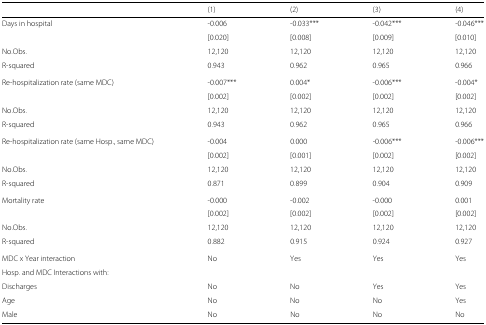
<table><thead><tr><td></td><td><b>(1)</b></td><td><b>(2)</b></td><td><b>(3)</b></td><td><b>(4)</b></td></tr></thead><tbody><tr><td>Days in hospital</td><td>-0.006</td><td>-0.033***</td><td>-0.042***</td><td>-0.046***</td></tr><tr><td></td><td>[0.020]</td><td>[0.008]</td><td>[0.009]</td><td>[0.010]</td></tr><tr><td>No.Obs.</td><td>12,120</td><td>12,120</td><td>12,120</td><td>12,120</td></tr><tr><td>R-squared</td><td>0.943</td><td>0.962</td><td>0.965</td><td>0.966</td></tr><tr><td>Re-hospitalization rate (same MDC)</td><td>-0.007***</td><td>0.004*</td><td>-0.006***</td><td>-0.004*</td></tr><tr><td></td><td>[0.002]</td><td>[0.002]</td><td>[0.002]</td><td>[0.002]</td></tr><tr><td>No.Obs.</td><td>12,120</td><td>12,120</td><td>12,120</td><td>12,120</td></tr><tr><td>R-squared</td><td>0.943</td><td>0.962</td><td>0.965</td><td>0.966</td></tr><tr><td>Re-hospitalization rate (same Hosp., same MDC)</td><td>-0.004</td><td>0.000</td><td>-0.006***</td><td>-0.006***</td></tr><tr><td></td><td>[0.002]</td><td>[0.001]</td><td>[0.002]</td><td>[0.002]</td></tr><tr><td>No.Obs.</td><td>12,120</td><td>12,120</td><td>12,120</td><td>12,120</td></tr><tr><td>R-squared</td><td>0.871</td><td>0.899</td><td>0.904</td><td>0.909</td></tr><tr><td>Mortality rate</td><td>-0.000</td><td>-0.002</td><td>-0.000</td><td>0.001</td></tr><tr><td></td><td>[0.002]</td><td>[0.002]</td><td>[0.002]</td><td>[0.002]</td></tr><tr><td>No.Obs.</td><td>12,120</td><td>12,120</td><td>12,120</td><td>12,120</td></tr><tr><td>R-squared</td><td>0.882</td><td>0.915</td><td>0.924</td><td>0.927</td></tr><tr><td>MDC x Year interaction</td><td>No</td><td>Yes</td><td>Yes</td><td>Yes</td></tr><tr><td>Hosp. and MDC Interactions with:</td><td></td><td></td><td></td><td></td></tr><tr><td>Discharges</td><td>No</td><td>No</td><td>Yes</td><td>Yes</td></tr><tr><td>Age</td><td>No</td><td>No</td><td>No</td><td>Yes</td></tr><tr><td>Male</td><td>No</td><td>No</td><td>No</td><td>No</td></tr></tbody></table>